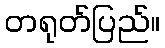
တရုတ်ပြည်။